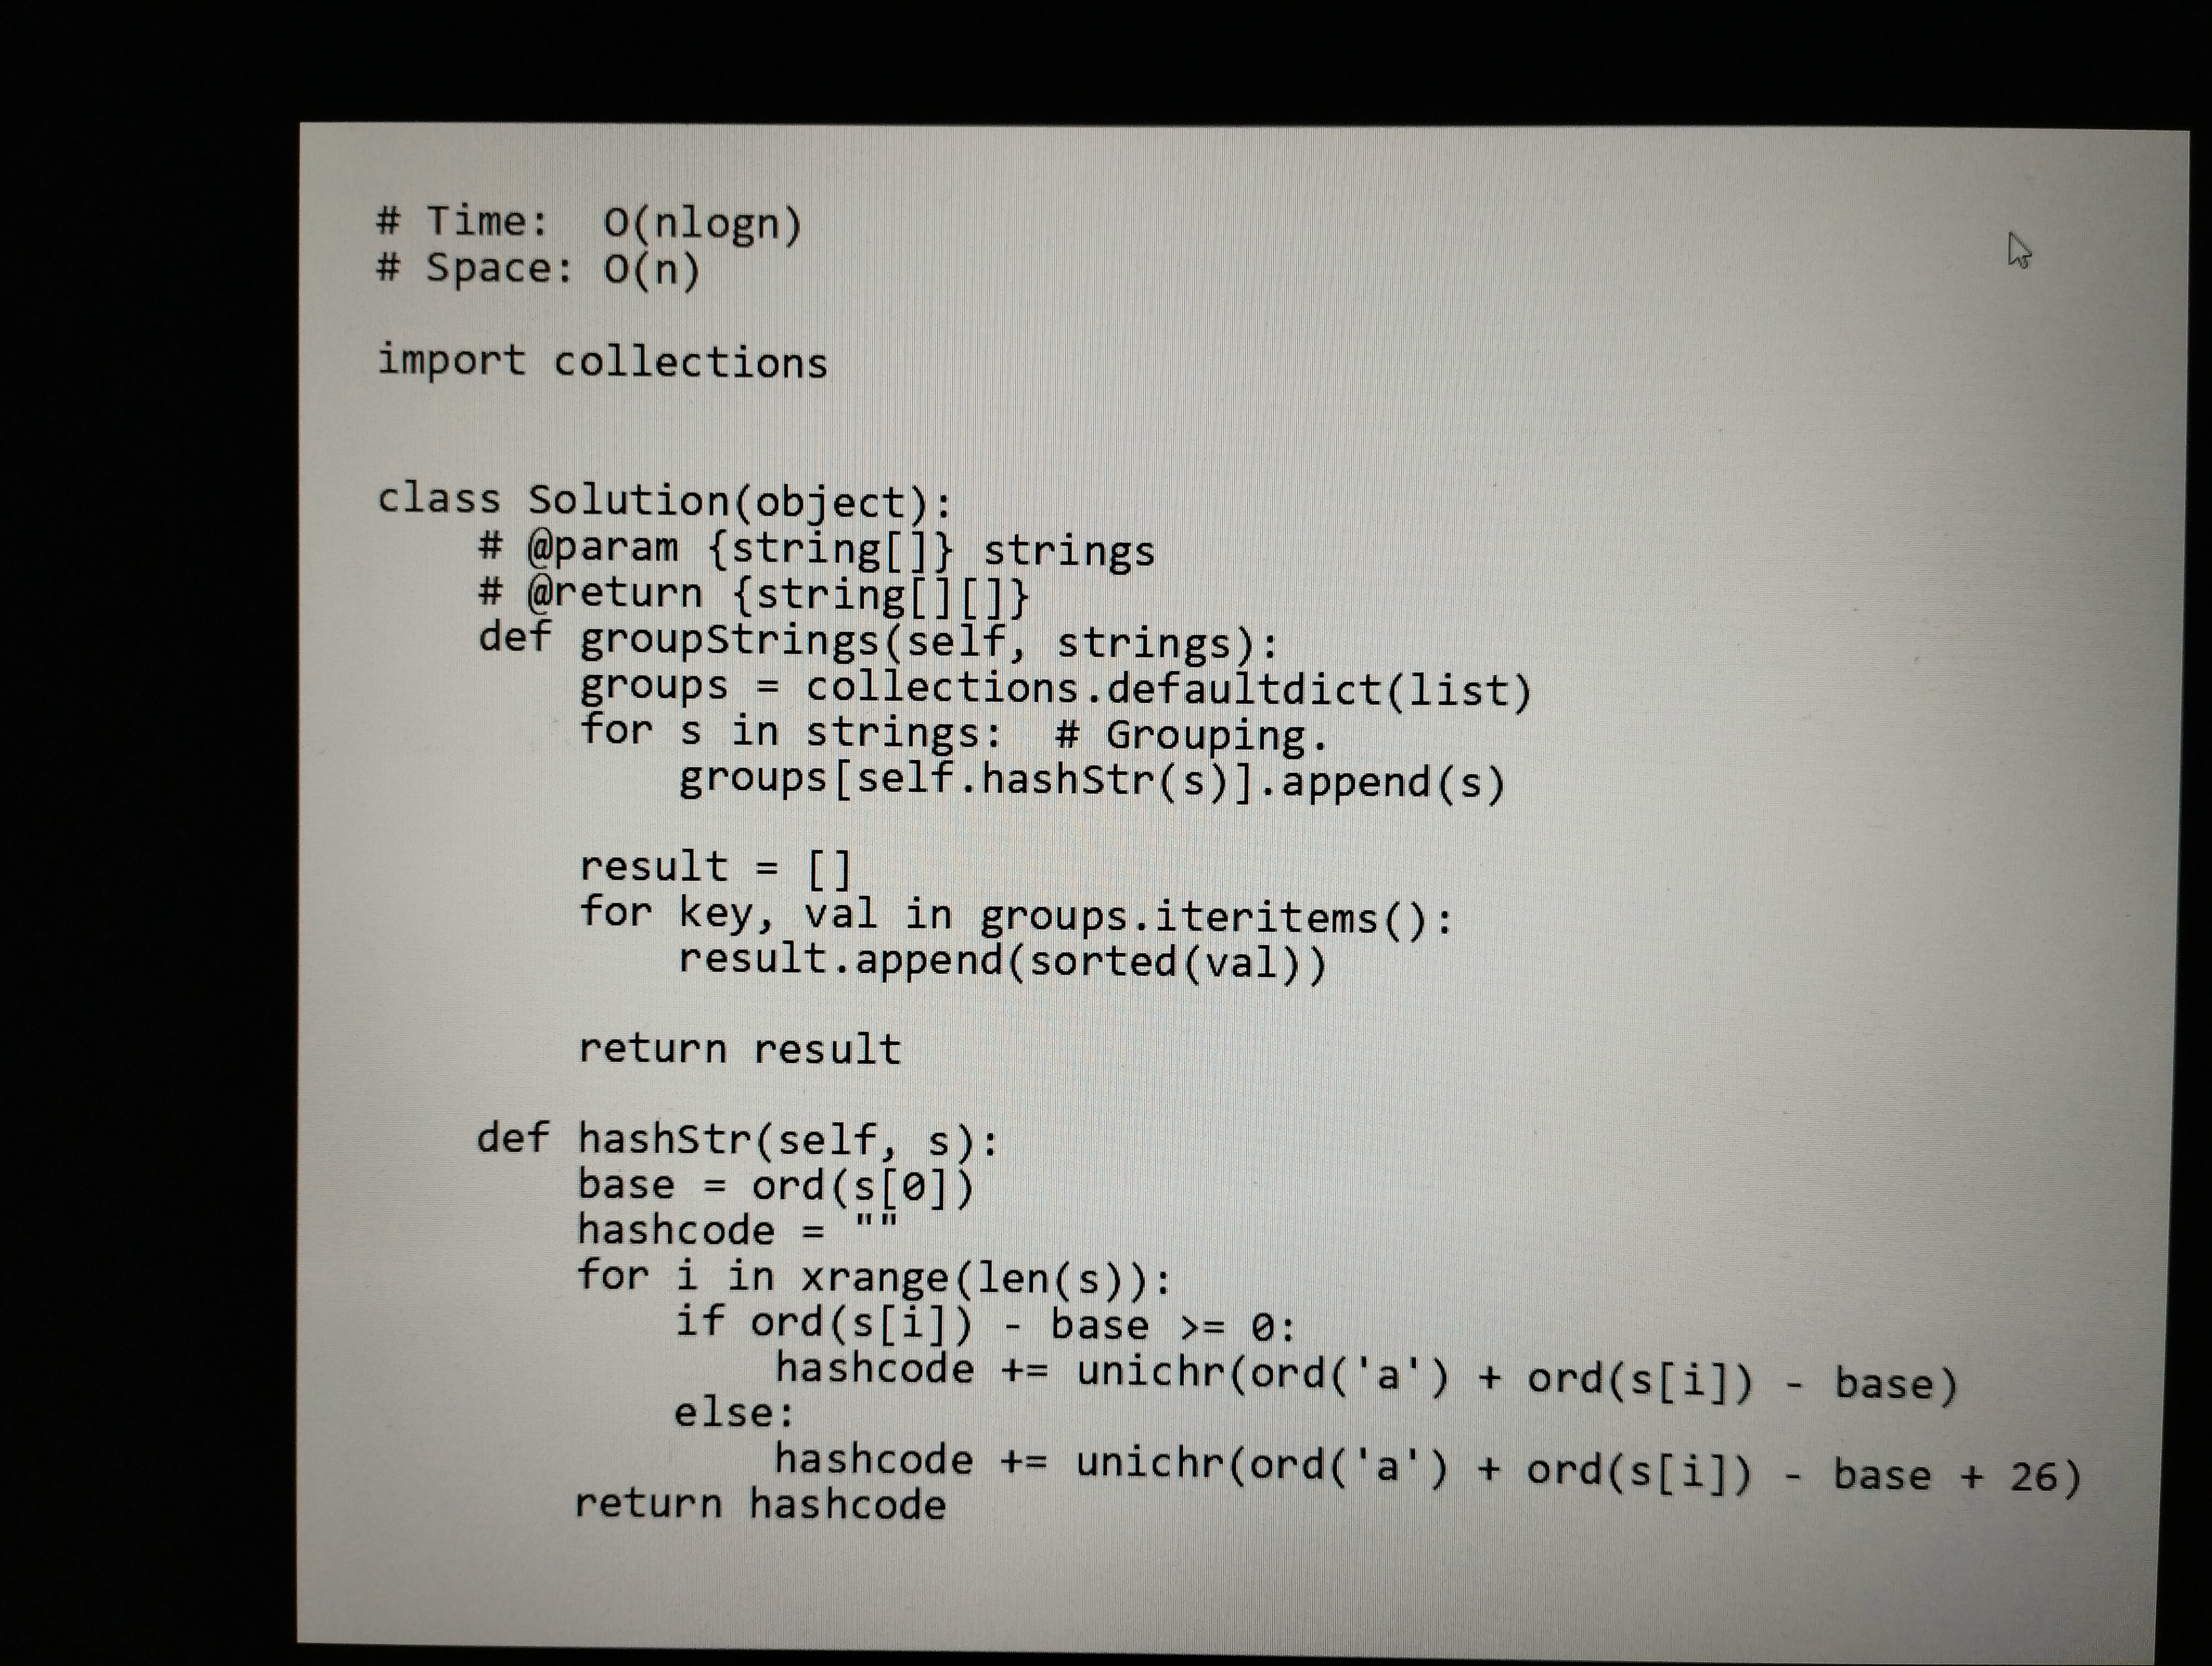
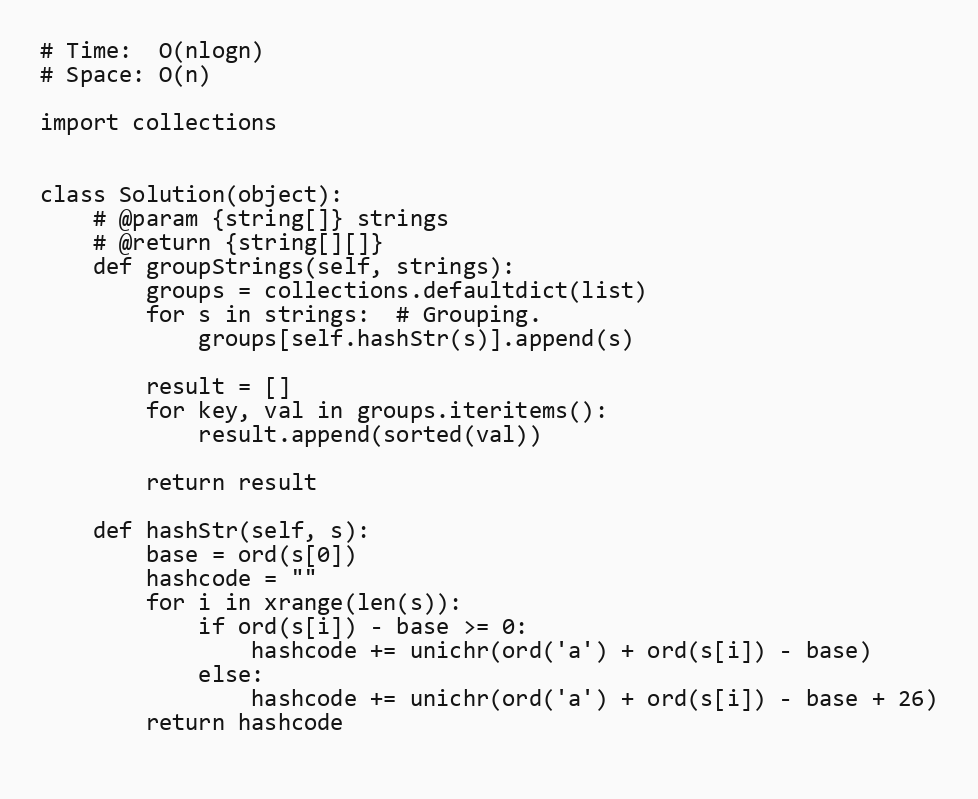
# Time:  O(nlogn)
# Space: O(n)

import collections

class Solution(object):
    # @param {string[]} strings
    # @return {string[][]}
    def groupStrings(self, strings):
        groups = collections.defaultdict(list)
        for s in strings:  # Grouping.
            groups[self.hashStr(s)].append(s)

        result = []
        for key, val in groups.iteritems():
            result.append(sorted(val))

        return result

    def hashStr(self, s):
        base = ord(s[0])
        hashcode = ""
        for i in xrange(len(s)):
            if ord(s[i]) - base >= 0:
                hashcode += unichr(ord('a') + ord(s[i]) - base)
            else:
                hashcode += unichr(ord('a') + ord(s[i]) - base + 26)
        return hashcode